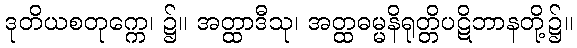
ဒုတိယစတုက္ကေ၊ ၌။ အတ္ထာဒီသု၊ အတ္ထဓမ္မနိရုတ္တိပဋိဘာနတို့၌။